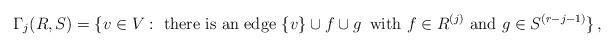
LaTeX: \begin{align*} \Gamma_j(R,S) = \{ v \in V : \mbox{ there is an edge } \{v\} \cup f \cup g\, \mbox{ with } f \in R^{(j)} \mbox{ and } g \in S^{(r-j-1)}\}\,,\end{align*}